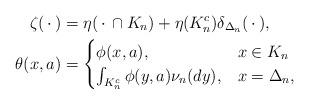
LaTeX: \begin{align*}\zeta(\,\cdot\,) &= \eta(\,\cdot\, \cap K_n) + \eta(K_n^c) \delta_{\Delta_n}(\,\cdot\,), \\\theta(x,a) &= \begin{cases}\phi(x,a), & x\in K_n \\\int_{K_n^c} \phi(y,a) \nu_n(dy) , & x = \Delta_n,\end{cases} \end{align*}